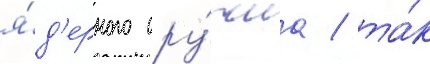
я́д'ерного ору́жиа / та́к